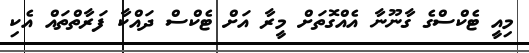
މިއީ ޓެކްސްގެ ގާނޫނާ އެއްގޮތަށް މީރާ އަށް ޓެކްސް ދައްކާ ފަރާތްތައް އެކި